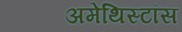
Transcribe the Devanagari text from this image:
अमेथिस्टॉस